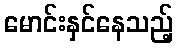
မောင်းနှင်နေသည့်